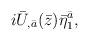
LaTeX: \begin{align*}i {\bar U}_{,{\bar a}}({\bar z}){\bar \eta}^{\bar a}_1,\end{align*}